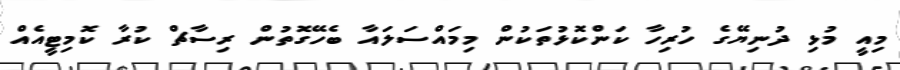
މިއީ މުޅި ދުނިޔޭގެ ހުރިހާ ކަންކޮޅުތަކުން މިމައްސަލައާ ބެހޭގޮތުން ރިސާޗް ކުރާ ކޮމިޓީއެއް